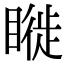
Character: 𥊂